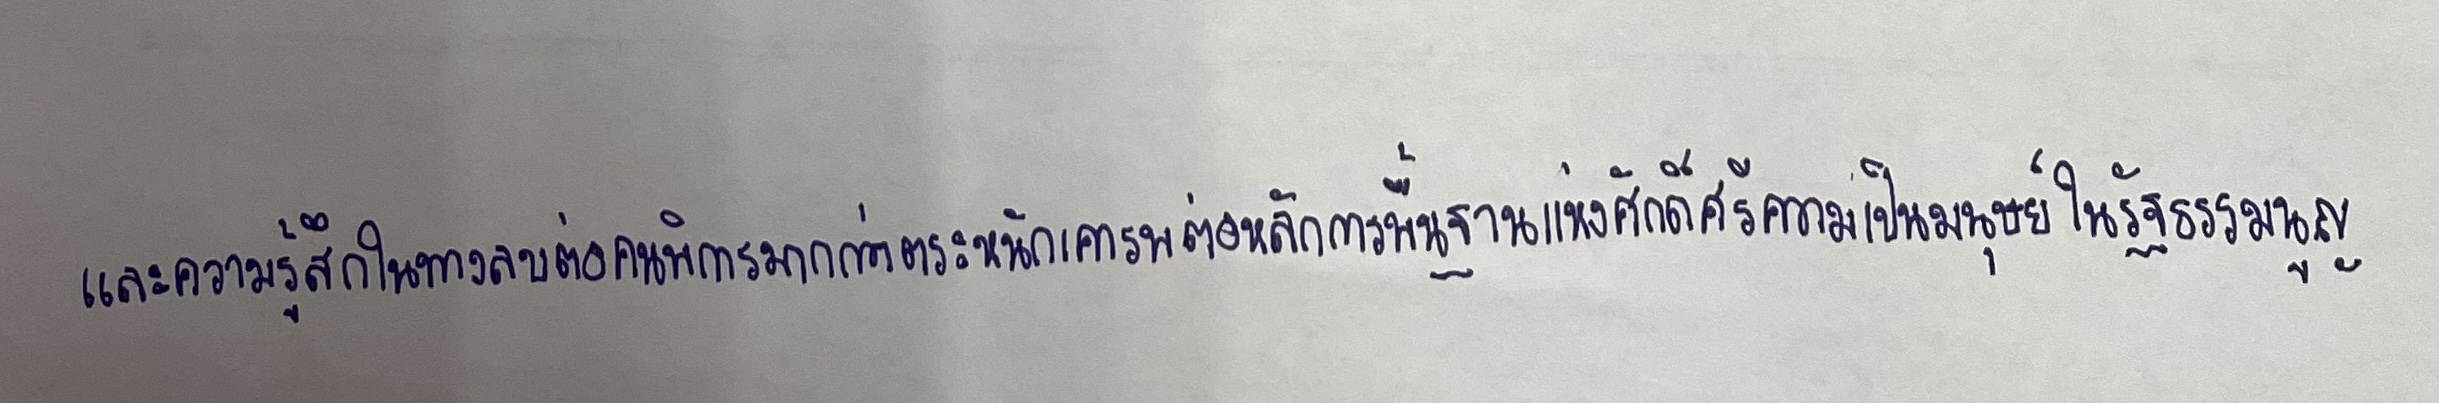
และความรู้สึกในทางลบต่อคนพิการมากกว่าตระหนักเคารพต่อหลักการพื้นฐานแห่งศักดิ์ศรีความเป็นมนุษย์ในรัฐธรรมนูญ